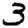
Digit: 3